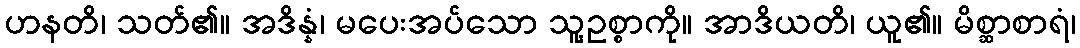
ဟနတိ၊ သတ်၏။ အဒိန္နံ၊ မပေးအပ်သော သူ့ဥစ္စာကို။ အာဒိယတိ၊ ယူ၏။ မိစ္ဆာစာရံ၊